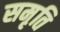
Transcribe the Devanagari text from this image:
सम़ृति